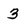
Character: 3